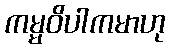
ကမ္မဝိပါကမာဟု